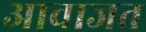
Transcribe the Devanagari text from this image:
आवाजत